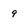
Character: 9